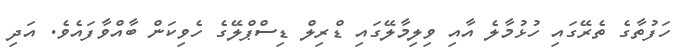
ހަފުތާގެ ތެރޭގައި ހުޅުމާލެ އާއި ވިލިމާލޭގައި ޑްރިލް ޑިސްޕްލޭގެ ހެވިކަން ބާއްވާފައެވެ. އަދި